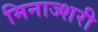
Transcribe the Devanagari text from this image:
मिनाज्शरी